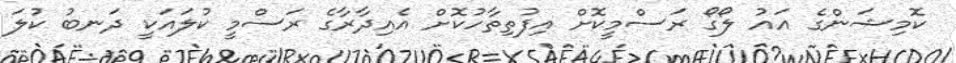
ކޮމިޝަންގެ އައު ލޯގޯ ރަސްމީކޮށް އިފުތިތާހުކޮށް އެއިދާރާގެ ރަސްމީ ކުލައަކީ ދަނބު ކުލަ